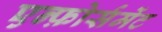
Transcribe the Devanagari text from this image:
एन्फ़ोर्समेंट